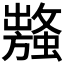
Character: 𧒥